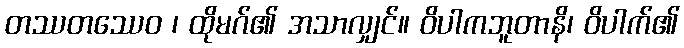
တဿတဿေဝ ၊ ထိုမဂ်၏ အသာလျှင်။ ဝိပါကဘူတာနိ၊ ဝိပါက်၏